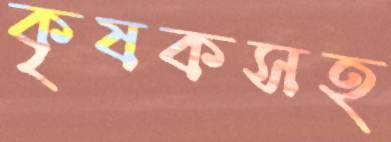
কৃষকসহ